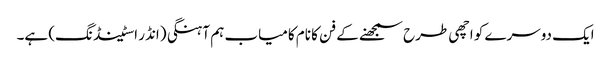
ایک دوسرے کو اچھی طرح سمجھنے کے فن کا نام کامیاب ہم آہنگی (انڈر اسٹینڈنگ) ہے۔